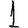
Digit: 1